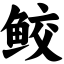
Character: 鲛